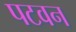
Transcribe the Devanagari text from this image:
पटवन